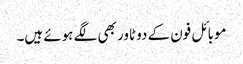
موبائل فون کے دو ٹاور بھی لگے ہوئے ہیں۔